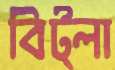
বিট্লা